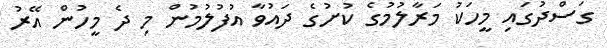
ގަސްދުގައި މީހަކު މަރާލުމުގެ ކުށުގެ ދައުވާ އުފުލުމުން މި ދެ މީހުން އޭރު